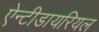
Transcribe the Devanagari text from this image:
ऐन्टीडायरियल